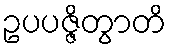
ဥပပဇ္ဇိတွာတိ